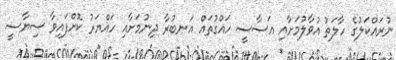
ނުރައްކަލުގެ ހާލަތު އުވާލުމަށާއި އަސާސީ ހައްގުތައް އަނބުރާ ދިނުމަށާއި ހައްޔަރު ކޮށްފައިވާ ސިޔާސީ